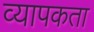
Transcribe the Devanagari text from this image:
व्‍यापकता